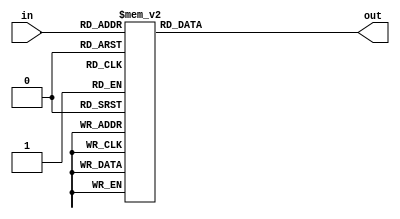
module seven_seg_dec(
    input [3:0] in,
    output reg [6:0] out
    );
    always @ (*) begin
        case(in) 
            4'b0000 : out <= 7'b0000001; //0
            4'b0001 : out <= 7'b1001111;//1
            4'b0010 : out <= 7'b0010010 ;//2
            4'b0011 : out <= 7'b0000110 ;//3
            4'b0100 : out <= 7'b1001100 ;//4
            4'b0101 : out <= 7'b0100100 ;//5
            4'b0110 : out <= 7'b0100000 ;//6
            4'b0111 : out <= 7'b0001111;//7
            4'b1000 : out <= 7'b0000000;//8
            4'b1001 : out <= 7'b0000100;//9
            4'b1010 : out <= 7'b0001000;//A
            4'b1011 : out <= 7'b1100000;//b
            4'b1100 : out <= 7'b0110001;//C
            4'b1101 : out <= 7'b1000010;//d
            4'b1110 : out <= 7'b0110000;//E
            4'b1111 : out <= 7'b0111000;//F
            default : out <= 7'b1111111;
            endcase
    end //always
endmodule